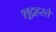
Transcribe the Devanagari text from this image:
शूद्रहस्ते